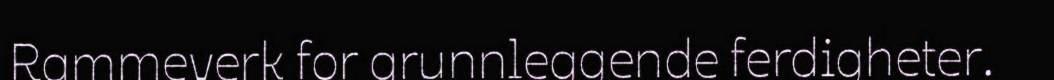
Rammeverk for grunnleggende ferdigheter.